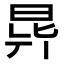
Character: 𣌲